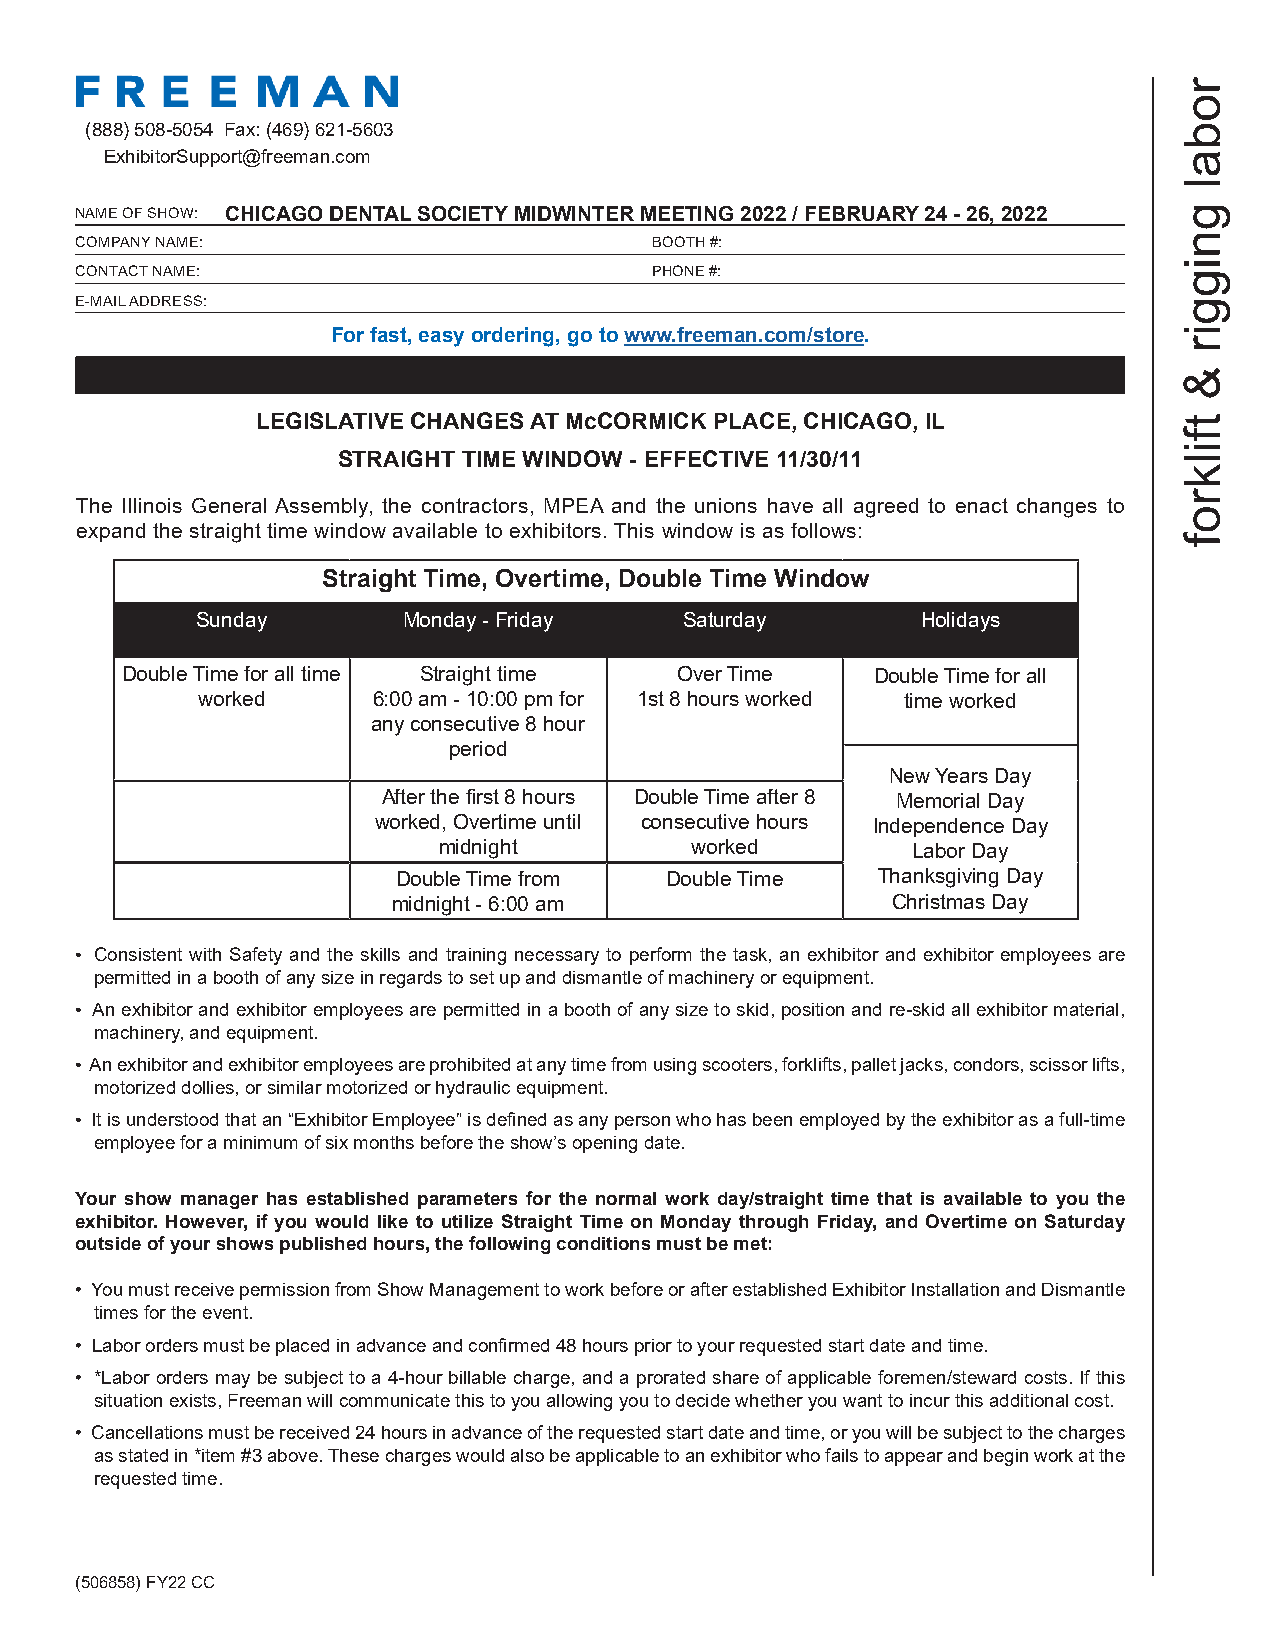
r
 o
 (888)508-5054 Fax: (469) 621-5603                                        b
 ExhibitorSupport@freeman.com                                            a
 l
 NAME OF SHOW: CHICAGO DENTAL SOCIETY MIDWINTER MEETING 2022 / FEBRUARY 24 - 26, 2022 g
 n
 COMPANY NAME:                         BOOTH #:
 i
 CONTACT NAME:                         PHONE #:                            g
 E-MAIL ADDRESS:                                                           g
 For fast, easy ordering, go to www.freeman.com/store.    i
 r
 &
 LEGISLATIVE CHANGES AT McCORMICK PLACE, CHICAGO, IL           t
 f
 i
 STRAIGHT TIME WINDOW - EFFECTIVE 11/30/11                l
 k
 r
 The Illinois General Assembly, the contractors, MPEA and the unions have all agreed to enact changes to
 o
 expand the straight time window available to exhibitors. This window is as follows:
 f
 Straight Time, Overtime, Double Time Window
 Sunday        Monday - Friday   Saturday        Holidays
 Double Time for all time Straight time Over Time  Double Time for all
 worked      6:00 am - 10:00 pm for 1st 8 hours worked time worked
 any consecutive 8 hour
 period
 New Years Day
 After the first 8 hours Double Time after 8 Memorial Day
 worked, Overtime until consecutive hours Independence Day
 midnight         worked        Labor Day
 Double Time from  Double Time   Thanksgiving Day
 midnight - 6:00 am               Christmas Day
 • Consistent with Safety and the skills and training necessary to perform the task, an exhibitor and exhibitor employees are
 permitted in a booth of any size in regards to set up and dismantle of machinery or equipment.
 • An exhibitor and exhibitor employees are permitted in a booth of any size to skid, position and re-skid all exhibitor material,
 machinery, and equipment.
 • An exhibitor and exhibitor employees are prohibited at any time from using scooters, forklifts, pallet jacks, condors, scissor lifts,
 motorized dollies, or similar motorized or hydraulic equipment.
 • It is understood that an “Exhibitor Employee” is defined as any person who has been employed by the exhibitor as a full-time
 employee for a minimum of six months before the show’s opening date.
 Your show manager has established parameters for the normal work day/straight time that is available to you the
 exhibitor. However, if you would like to utilize Straight Time on Monday through Friday, and Overtime on Saturday
 outside of your shows published hours, the following conditions must be met:
 • You must receive permission from Show Management to work before or after established Exhibitor Installation and Dismantle
 times for the event.
 • Labor orders must be placed in advance and confirmed 48 hours prior to your requested start date and time.
 • *Labor orders may be subject to a 4-hour billable charge, and a prorated share of applicable foremen/steward costs. If this
 situation exists, Freeman will communicate this to you allowing you to decide whether you want to incur this additional cost.
 • Cancellations must be received 24 hours in advance of the requested start date and time, or you will be subject to the charges
 as stated in *item #3 above. These charges would also be applicable to an exhibitor who fails to appear and begin work at the
 requested time.
 (506858) FY22 CC